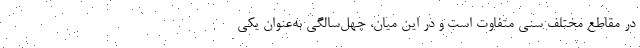
در مقاطع مختلف سنی متفاوت است و در این میان، چهل‌سالگی به‌عنوان یکی